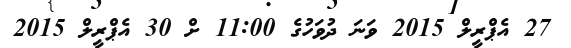
27 އެޕްރީލް 2015 ވަނަ ދުވަހުގެ 11:00 ށް 30 އެޕްރީލް 2015